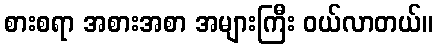
စားစရာ အစားအစာ အများကြီး ဝယ်လာတယ်။